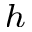
^ { h }